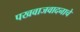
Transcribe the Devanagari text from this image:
पखवाजवादनाचे